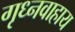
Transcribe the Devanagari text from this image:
गृध्नवाहाय